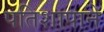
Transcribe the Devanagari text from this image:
पतिशापाने